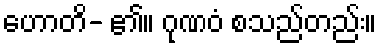
ဟောတိ- ၏။ ဂုဏဝံ စသည်တည်း။